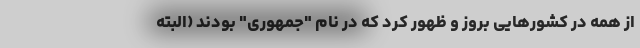
از همه در کشورهایی بروز و ظهور کرد که در نام "جمهوری" بودند (البته